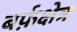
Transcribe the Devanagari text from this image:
बर्फ़क्षेत्र